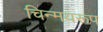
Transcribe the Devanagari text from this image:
चिन्मयरूप